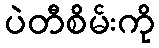
ပဲတီစိမ်းကို